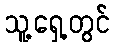
သူ့ရှေ့တွင်